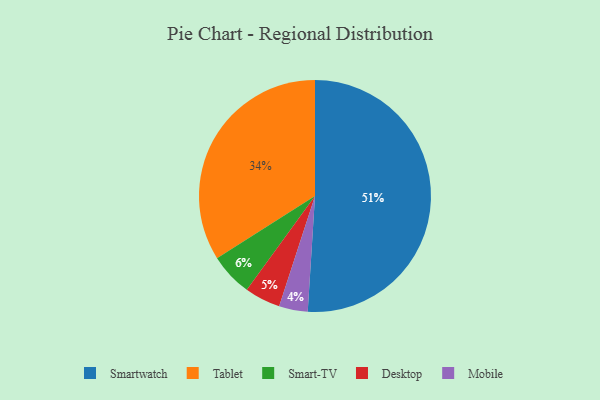
{"axis": {"x": "Category", "y": "Percentage"}, "legend": ["Desktop", "Mobile", "Smart-TV", "Smartwatch", "Tablet"], "data": [{"x": "Mobile", "y": 4, "type": "Mobile"}, {"x": "Smartwatch", "y": 51, "type": "Smartwatch"}, {"x": "Tablet", "y": 34, "type": "Tablet"}, {"x": "Desktop", "y": 5, "type": "Desktop"}, {"x": "Smart-TV", "y": 6, "type": "Smart-TV"}]}